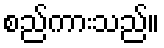
စည်ကားသည်။